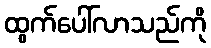
ထွက်ပေါ်လာသည်ကို